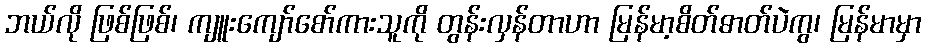
ဘယ်လို ဖြစ်ဖြစ်၊ ကျူးကျော်စော်ကားသူကို တွန်းလှန်တာဟာ မြန်မာ့စိတ်ဓာတ်ပဲကွ၊ မြန်မာမှာ